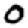
Digit: 0